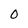
Character: 0